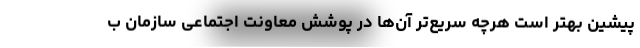
پیشین بهتر است هرچه سریع‌تر آن‌ها در پوشش معاونت اجتماعی سازمان ب